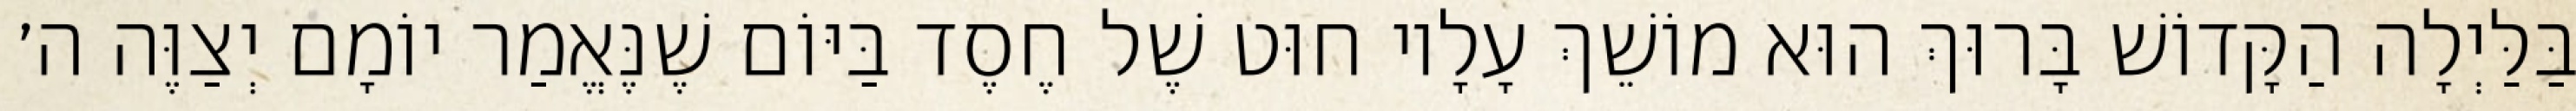
בַּלַּיְלָה הַקָּדוֹשׁ בָּרוּךְ הוּא מוֹשֵׁךְ עָלָיו חוּט שֶׁל חֶסֶד בַּיּוֹם שֶׁנֶּאֱמַר יוֹמָם יְצַוֶּה ה׳